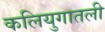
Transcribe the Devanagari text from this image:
कलियुगातली